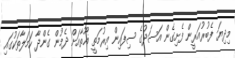
މިދިޔަ ފެބުރުއަރީން ފެށިގެން އަސަދުގެ ސިފައިން އިރުމަތީ ޣޫތާއަށް ދެމުން ގެންދާ ހަމަލާތަކުގައި